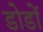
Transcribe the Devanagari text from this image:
डोडों